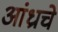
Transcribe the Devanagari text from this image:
आंध्राचे